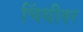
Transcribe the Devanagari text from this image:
चिंधीवर